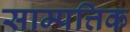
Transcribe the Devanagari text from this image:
साम्पत्तिक